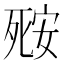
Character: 𬆘